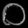
Digit: ၀